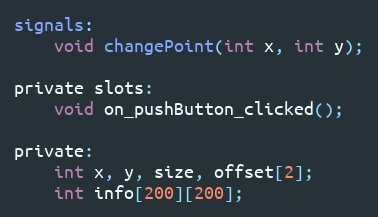
Language: C
signals:
    void changePoint(int x, int y);

private slots:
    void on_pushButton_clicked();

private:
    int x, y, size, offset[2];
    int info[200][200];